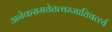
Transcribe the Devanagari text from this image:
अनेकसमवेतत्वम्जातिवर्त्त्य